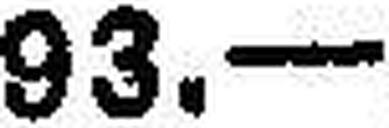
93.—